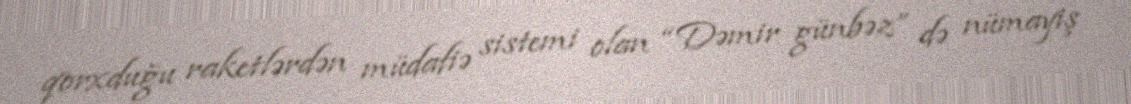
qorxduğu raketlərdən müdafiə sistemi olan “Dəmir günbəz” də nümayiş